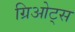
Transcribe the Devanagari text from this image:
ग्रिओट्स